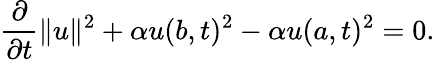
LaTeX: {\frac{\partial}{\partial t}}\| u\| ^{2}+\alpha u(b,t)^{2}-\alpha u(a,t)^{2}=0.